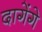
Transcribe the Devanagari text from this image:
दागेंगे